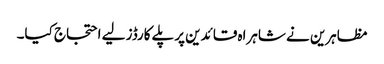
مظاہرین نے شاہراہ قائدین پرپلے کارڈز لیے احتجاج کیا۔